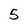
Character: 5